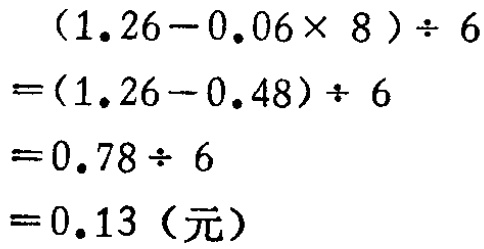
\((1.26 - 0.06\times 8)\div 6\)
\(=(1.26 - 0.48)\div 6\)
\(=0.78\div 6\)
\(=0.13（元）\)